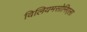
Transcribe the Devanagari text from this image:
विलियमसोनिएला